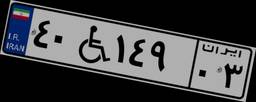
۴۰W۱۴۹۰۳